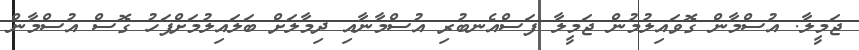
ޖަމީލާ. އުސްމާން ގޮވައިލުމުން ޖަމީލާ ފަސްއެނބުރި އުސްމާނާއި ދިމާލަށް ބަލައިލުމަށްފަހު ގޮސް އުސްމާން